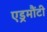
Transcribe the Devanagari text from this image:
एड्रमौंटी